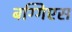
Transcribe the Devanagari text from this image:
बग्गिएस